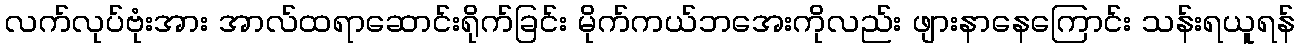
လက်လုပ်ဗုံးအား အာလ်ထရာဆောင်းရိုက်ခြင်း မိုက်ကယ်ဘအေးကိုလည်း ဖျားနာနေကြောင်း သန်းရယူရန်